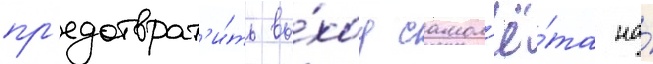
пр'едотврат'и́ть вы́ход самол'ё́та на́